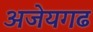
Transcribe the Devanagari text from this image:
अजेयगढ